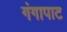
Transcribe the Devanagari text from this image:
गंगापाट